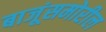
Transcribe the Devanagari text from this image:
बाजूंसमोरील